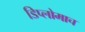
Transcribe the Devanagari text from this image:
डिप्लोमाच